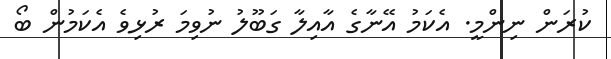
ކުރަން ނިންމީ. އެކަމު އޭނާގެ އާއިލާ ގަބޫލު ނުވިމަ ރުޅިވެ އެކަމުން ބޯ